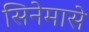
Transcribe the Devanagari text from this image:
सिनेमासे